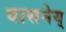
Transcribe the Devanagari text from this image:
वासनेय्